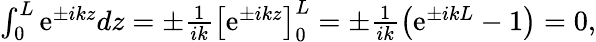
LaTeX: \begin{array}{r}{\int_{0}^{L}\mathrm{e}^{\pm ikz}dz=\pm\frac{1}{ik}\left[\mathrm{e}^{\pm ikz}\right]_{0}^{L}=\pm\frac{1}{ik}\left(\mathrm{e}^{\pm ikL}-1\right)=0,}\end{array}